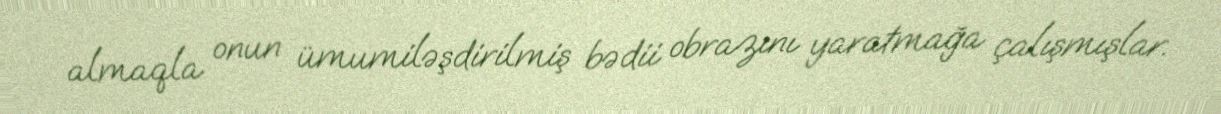
almaqla onun ümumiləşdirilmiş bədii obrazını yaratmağa çalışmışlar.